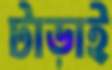
টাড়াই